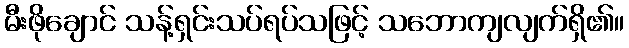
မီးဖိုချောင် သန့်ရှင်းသပ်ရပ်သဖြင့် သဘောကျလျက်ရှိ၏။